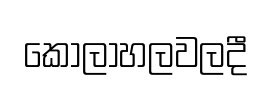
කෝලාහලවලදී